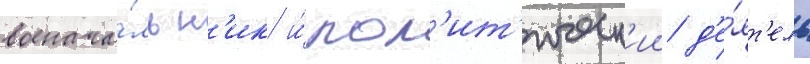
военача́льн'ик и́ пол'ит'ическ'ии д'е́ят'ель